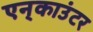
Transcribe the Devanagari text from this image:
एन्‌काउंटर